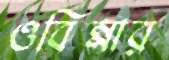
ওবিন্নার